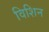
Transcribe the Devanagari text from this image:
विशिन